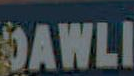
DAWLI